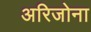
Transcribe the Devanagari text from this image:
अरिजोना